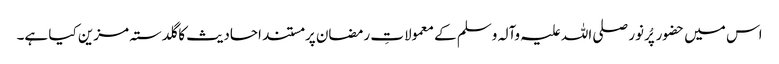
اس میں حضور پُرنور صلی اللہ علیہ وآلہ وسلم کے معمولاتِ رمضان پر مستند احادیث کا گلدستہ مزین کیا ہے۔